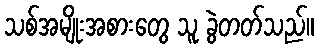
သစ်အမျိုးအစားတွေ သူ ခွဲတတ်သည်။